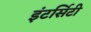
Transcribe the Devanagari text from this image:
इंटर्सिटी